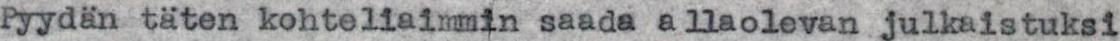
Pyydän täten kohteliaimmin saada allaolevan julkaistuksi